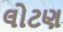
લોટણ